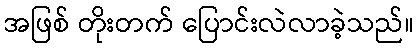
အဖြစ် တိုးတက် ပြောင်းလဲလာခဲ့သည်။